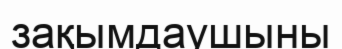
зақымдаушыны